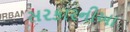
સરકારનીઆ